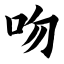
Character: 吻